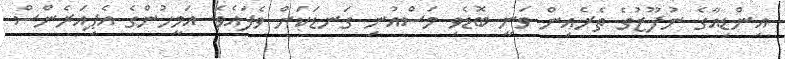
އިންޑިއާގެ ނުފޫޒުގެ ތެރެއިން ވަނީ ބޮޑެވި މަސްއުނި ގަނޑަކަށް ވެފައެވެ. އަމީހުންގެ އެޕިއަރެންސް